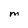
Character: M